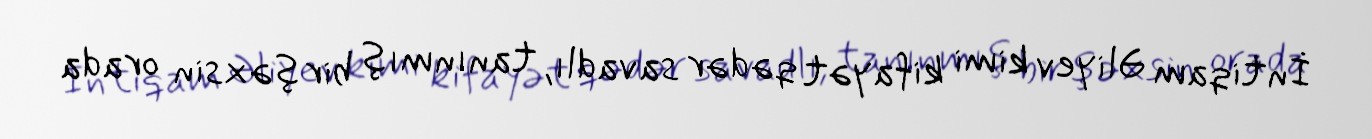
İntiqam Əliyev kimi kifayət qədər savadlı, tanınmış bir şəxsin orada